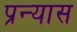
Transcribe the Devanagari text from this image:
प्रन्‍यास